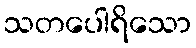
သတပေါရိသော